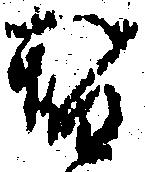
替